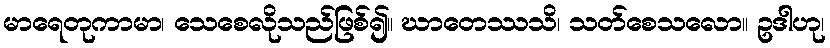
မာရေတုကာမာ၊ သေစေလိုသည်ဖြစ်၍။ ဃာတေဿသိ၊ သတ်စေသလော။ ဥဒါဟု၊